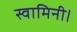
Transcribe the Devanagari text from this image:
स्वामिनी।